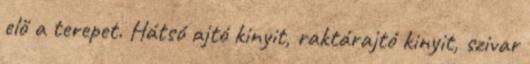
elő a terepet. Hátsó ajtó kinyit, raktárajtó kinyit, szivar